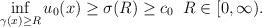
LaTeX: \begin{align*}\inf_{\gamma(x) \ge R} u_0(x) \ge \sigma(R) \ge c_0 \; \; R \in [0, \infty). \end{align*}